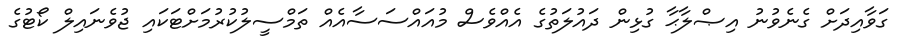
ގަވާއިދަށް ގެނެވުނު އިޞްލާޙާ ގުޅިން ދައުލަތުގެ އެއްވެސް މުއައްސަސާއެއް ތަމްސީލުކުރުމަށްޓަކައި ޖުވެނައިލް ކޯޓުގެ